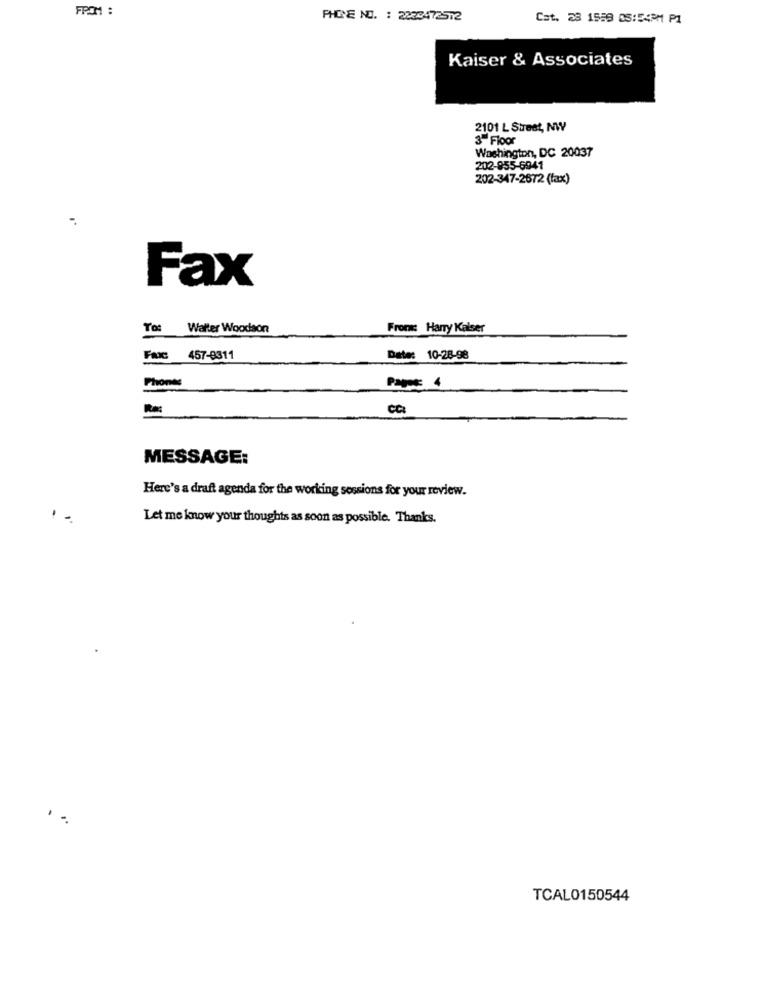
FROM :
PHONE NO. : 2223472512
Cat. 28 1589 05:54PM P1
Kaiser & Associates
2101 L Street, NW
3-Floor
Washington, DC 20037
202-855-6941
202-347-2672 (fax)
Fax
To: Walter Woodson
From: Harry Kaiser
Fac 457-9311
Date: 10-28-98
Phones
MESSAGE:
Here's a draft agenda for the working sessions for your review.
Let me know your thoughts as soon as possible. Thanks.
. .
TCAL0150544